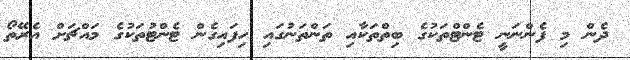
ދެން މި ފެންނަނީ ޓެންޓްތަކުގެ ބިތްތަކާއި ތަންތަނުގައި ހިފައިގެން ޓެންޓުތަކުގެ މައްޗަށް އެރޭތޯ